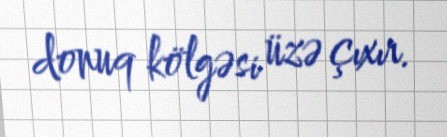
donuq kölgəsi üzə çıxır.